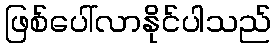
ဖြစ်ပေါ်လာနိုင်ပါသည်